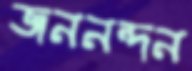
জননন্দন